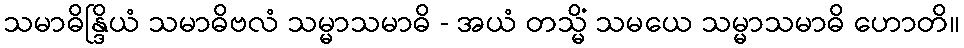
သမာဓိန္ဒြိယံ သမာဓိဗလံ သမ္မာသမာဓိ - အယံ တသ္မိံ သမယေ သမ္မာသမာဓိ ဟောတိ။